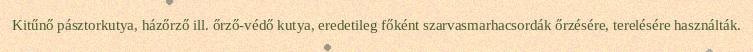
Kitűnő pásztorkutya, házőrző ill. őrző-védő kutya, eredetileg főként szarvasmarhacsordák őrzésére, terelésére használták.